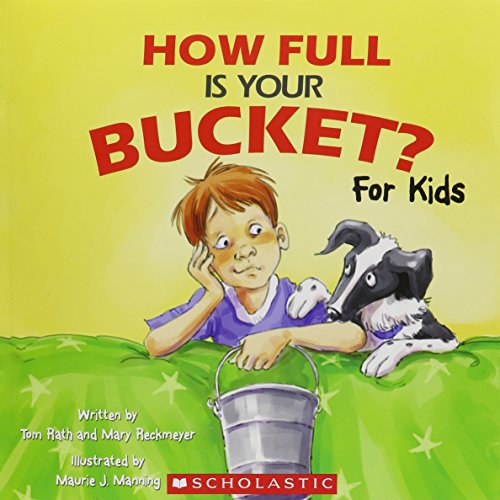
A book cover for How Full Is Your Bucket? For Kids; Tom Rath and Mary Reckmeyer; Health, Fitness & Dieting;